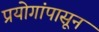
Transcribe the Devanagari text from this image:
प्रयोगांपासून